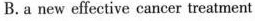
B. a new effective cancer treatment